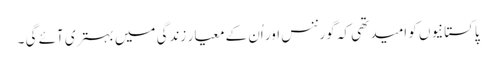
پاکستانیوں کو امید تھی کہ گورننس اور اُن کے معیار ِ زندگی میں بہتری آئے گی ۔